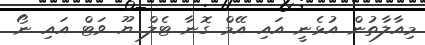
މިއާލާތުން އުޅެނީ އައި އޭމް ގޮނާ ޓެލް ޔޫ ވަޓް އައި ނޯ